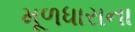
મૂળધારાના